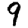
Digit: 9